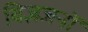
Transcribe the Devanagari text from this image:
विज्ञजनों